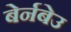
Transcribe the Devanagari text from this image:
बेर्नबेउ